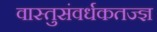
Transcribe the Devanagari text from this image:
वास्तुसंवर्धकतज्ज्ञ